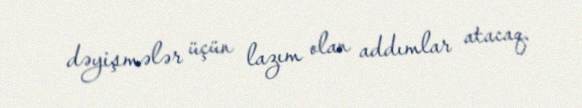
dəyişmələr üçün lazım olan addımlar atacaq.